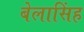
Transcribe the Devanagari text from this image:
बेलासिंह